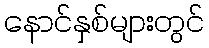
နောင်နှစ်များတွင်